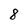
Character: 8